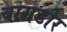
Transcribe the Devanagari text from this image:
बाग़डोर